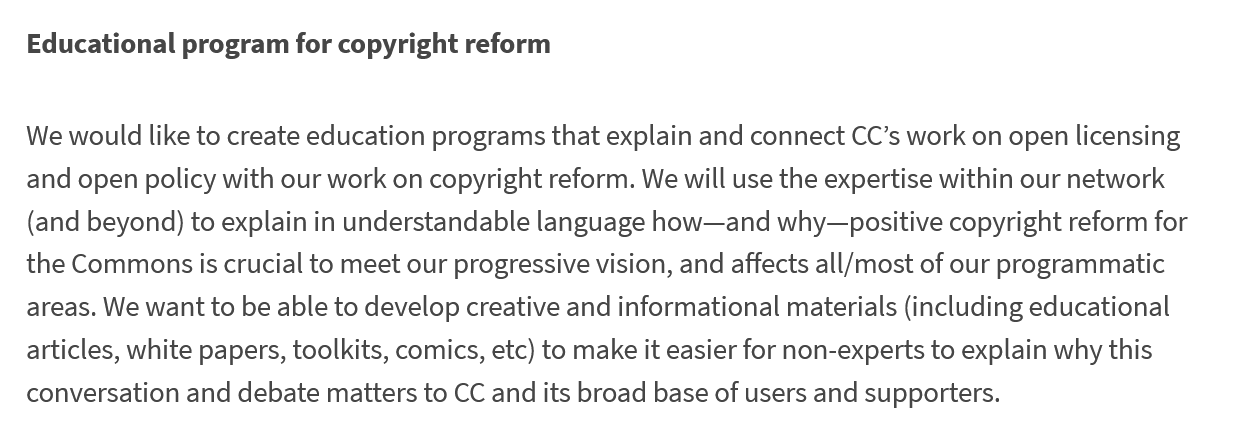
Educational program for copyright reform
   We would like to create education programs that explain and connect CC’s work on open licensing
   and open policy with our work on copyright reform. We will use the expertise within our network
   (and beyond) to explain in understandable language how—and why—positive copyright reform for
   the Commons is crucial to meet our progressive vision, and affects all/most of our programmatic
   areas. We want to be able to develop creative and informational materials (including educational
   articles, white papers, toolkits, comics, etc) to make it easier for non-experts to explain why this
   conversation and debate matters to CC and its broad base of users and supporters.